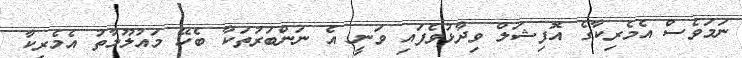
ނަމަވެސް އެމެރިކާގެ އޮފިޝަލް ވިދާޅުވެފައި ވަނީ އެ ނަންބަރުތަކާ ބެހޭ މައުލޫމާތު އެމެރިކާ